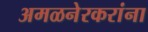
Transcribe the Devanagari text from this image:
अमळनेरकरांना